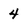
Character: 4